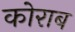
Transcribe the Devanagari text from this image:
कोराब